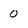
Character: 0